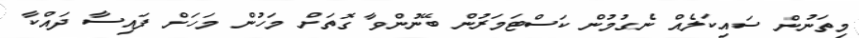
މިތަނުން ސައިކަލެއް ނެގުމުން ކަސްޓަމަރުން ބޭނުންވާ ގޮތަށް މަހުން މަހަށް ފައިސާ ދައްކާ